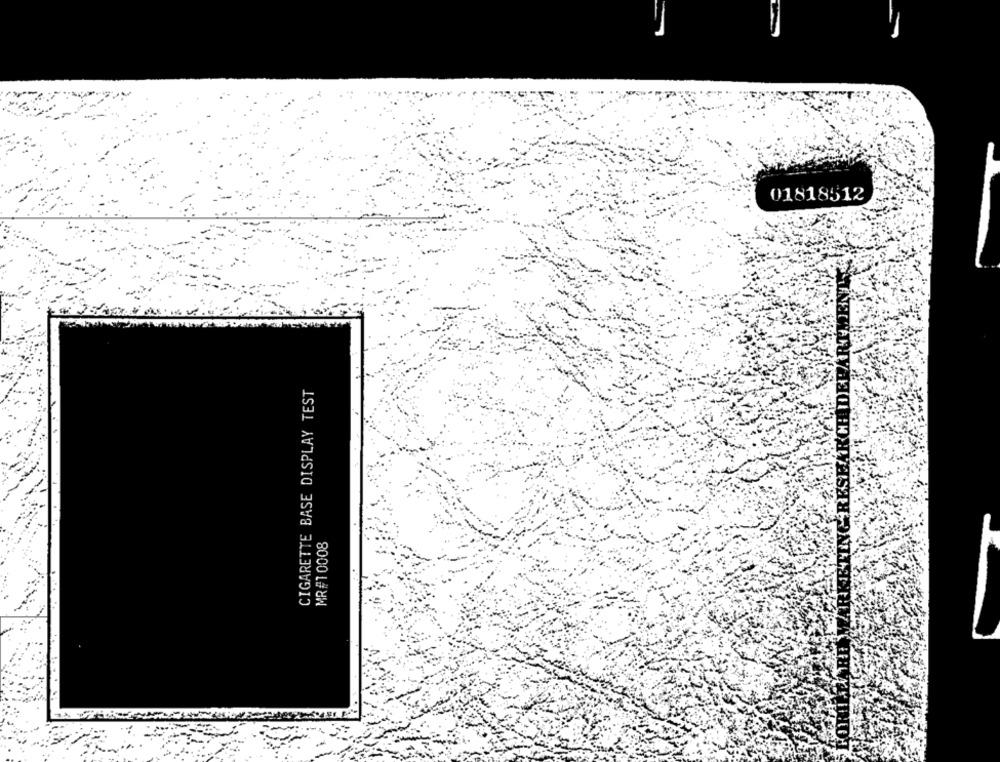
01818512
ETING RESEARCHIDEPARTMENT
CIGARETTE BASE DISPLAY TEST
MR #1 0008
RK